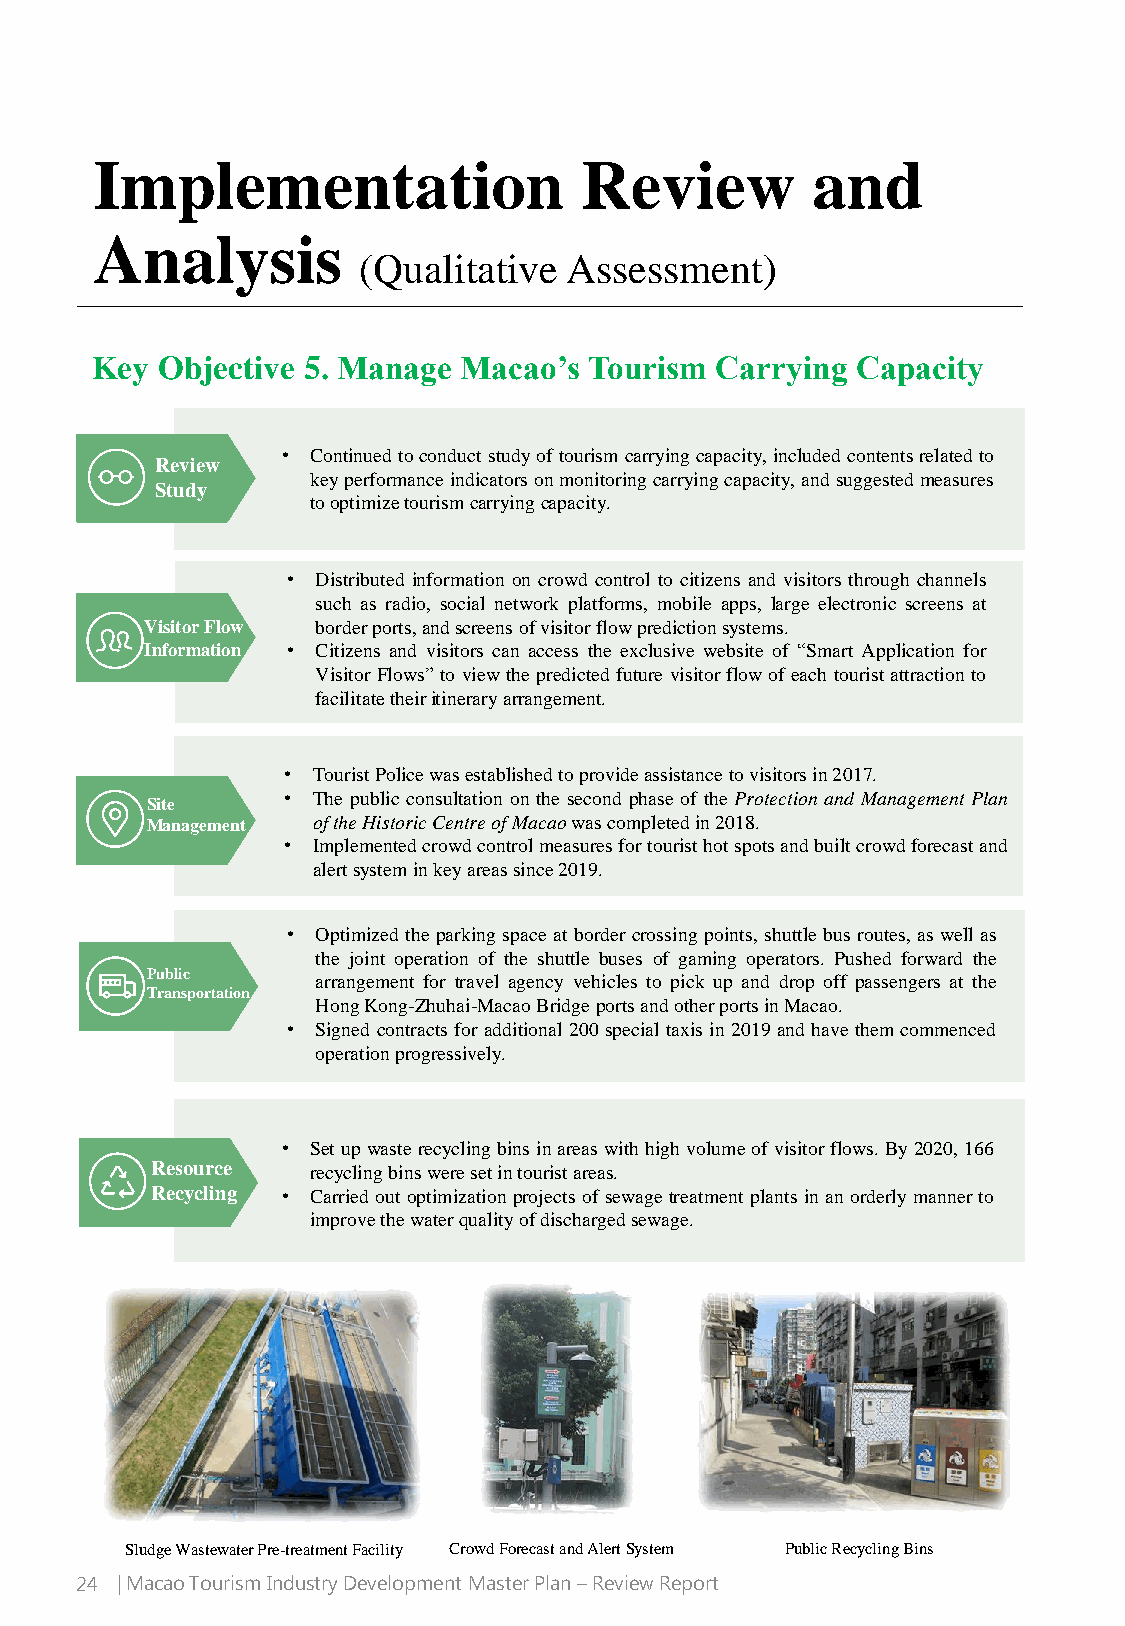
Implementation                  Review          and
 Analysis
 (Qualitative Assessment)
 Key Objective 5. Manage  Macao’s Tourism Carrying  Capacity
 • Continuedtoconductstudyoftourismcarryingcapacity,includedcontentsrelatedto
 Review
 keyperformanceindicatorsonmonitoringcarryingcapacity,andsuggestedmeasures
 Study
 tooptimizetourismcarryingcapacity.
 • Distributed information on crowd control to citizens and visitors through channels
 such as radio, social network platforms, mobile apps, large electronic screens at
 Visitor Flow borderports,andscreensofvisitorflowpredictionsystems.
 Information • Citizens and visitors can access the exclusive website of “Smart Application for
 Visitor Flows”to viewthepredictedfuture visitorflowof each touristattraction to
 facilitatetheiritineraryarrangement.
 • TouristPolicewasestablishedtoprovideassistancetovisitorsin2017.
 • The public consultation on the second phase of the Protection and Management Plan
 Site
 Management oftheHistoricCentreofMacaowascompletedin2018.
 • Implementedcrowdcontrolmeasuresfortouristhotspotsandbuiltcrowdforecastand
 alertsysteminkeyareassince2019.
 • Optimized theparking space at bordercrossingpoints, shuttlebus routes, as well as
 the joint operation of the shuttle buses of gaming operators. Pushed forward the
 Public
 arrangement for travel agency vehicles to pick up and drop off passengers at the
 Transportation
 HongKong-Zhuhai-MacaoBridgeportsandotherportsinMacao.
 • Signed contractsforadditional200special taxis in 2019 andhavethemcommenced
 operationprogressively.
 • Setupwasterecyclingbinsinareaswithhighvolumeofvisitorflows.By2020,166
 Resource   recyclingbinsweresetintouristareas.
 Recycling • Carried outoptimizationprojects of sewage treatment plants in anorderlymannerto
 improvethewaterqualityofdischargedsewage.
 Sludge Wastewater Pre-treatment Facility Crowd Forecast and AlertSystem Public Recycling Bins
 24 | Macao Tourism Industry Development Master Plan –Review Report